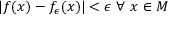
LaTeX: | f ( x ) - f _ { \epsilon } ( x ) | < \epsilon ~ \forall ~ x \in M